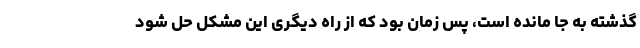
گذشته به جا مانده است، پس زمان بود که از راه دیگری این مشکل حل شود